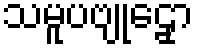
သမူပဗျုဠှော